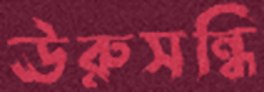
ঊরুসন্ধি